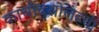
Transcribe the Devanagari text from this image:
काचौदसोलहवीं